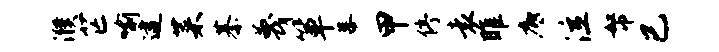
濮芒喻逮菜綦蔑箪幕甲停袁雎底泣帑已